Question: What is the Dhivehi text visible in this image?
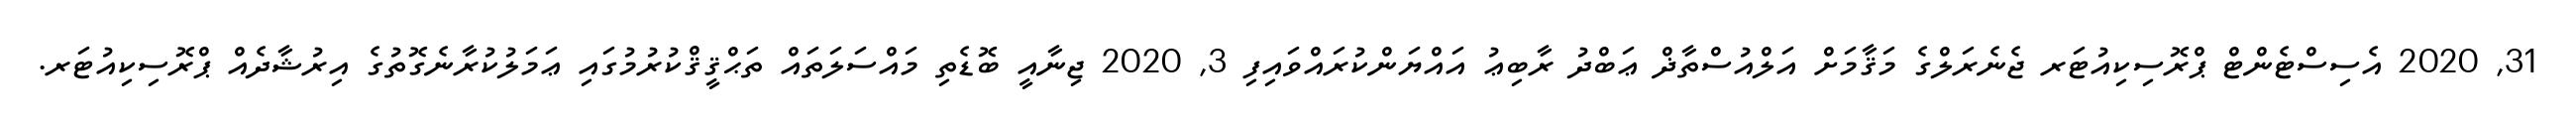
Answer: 31, 2020 އެސިސްޓެންޓް ޕްރޮސިކިއުޓަރ ޖެނެރަލްގެ މަޤާމަށް އަލްއުސްތާޛް ޢަބްދު ރާބިޢު އައްޔަންކުރައްވައިފި 3, 2020 ޖިނާއީ ބޮޑެތި މައްސަލަތައް ތަޙްޤީޤްކުރުމުގައި ޢަމަލުކުރާނެގޮތުގެ އިރުޝާދެއް ޕްރޮސިކިއުޓަރ.